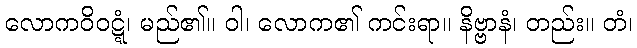
လောကဝိဝဋ္ဋံ၊ မည်၏။ ဝါ၊ လောက၏ ကင်းရာ။ နိဗ္ဗာနံ၊ တည်း။ တံ၊